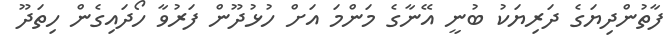
ފާތުންދިޔަގެ ދަރިޔަކު ބުނީ އޭނާގެ މަންމަ އަށް ހުޅުދޫން ފަރުވާ ހޯދައިގެން ހިތަދޫ